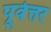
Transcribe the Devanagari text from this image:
पूर्वत्तर